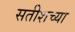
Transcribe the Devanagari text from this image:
सतीशच्या